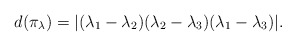
\begin{align*}d(\pi_\lambda)=|(\lambda_1-\lambda_2)(\lambda_2-\lambda_3)(\lambda_1-\lambda_3)|.\end{align*}